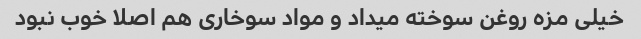
خیلی مزه روغن سوخته میداد و مواد سوخاری هم اصلا خوب نبود